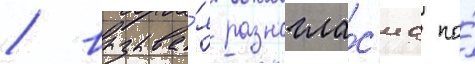
/ вызыва́я разногла́с'иа по́